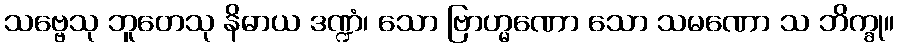
သဗ္ဗေသု ဘူတေသု နိဓာယ ဒဏ္ဍံ၊ သော ဗြာဟ္မဏော သော သမဏော သ ဘိက္ခု။